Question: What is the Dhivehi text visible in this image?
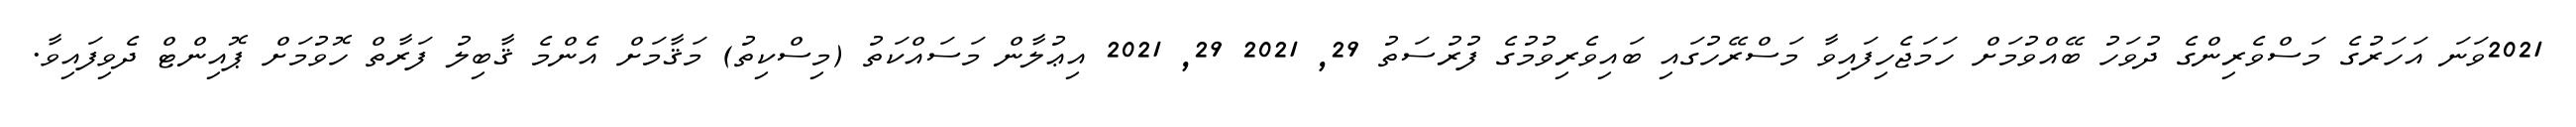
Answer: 2021ވަނަ އަހަރުގެ މަސްވެރިންގެ ދުވަހު ބޭއްވުމަށް ހަމަޖެހިފައިވާ މަސްރޭހުގައި ބައިވެރިވުމުގެ ފުރުސަތު 29, 2021 29, 2021 އިޢުލާން މަސައްކަތު (މިސްކިތު) މަޤާމަށް އެންމެ ޤާބިލު ފަރާތް ހޮވުމަށް ޕޮއިންޓް ދެވިފައިވާ.